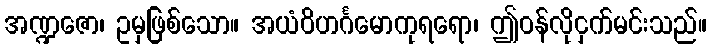
အဏ္ဍဇော၊ ဥမှဖြစ်သော။ အယံဝိဟင်္ဂမောကုရရော၊ ဤဝန်လိုငှက်မင်းသည်။